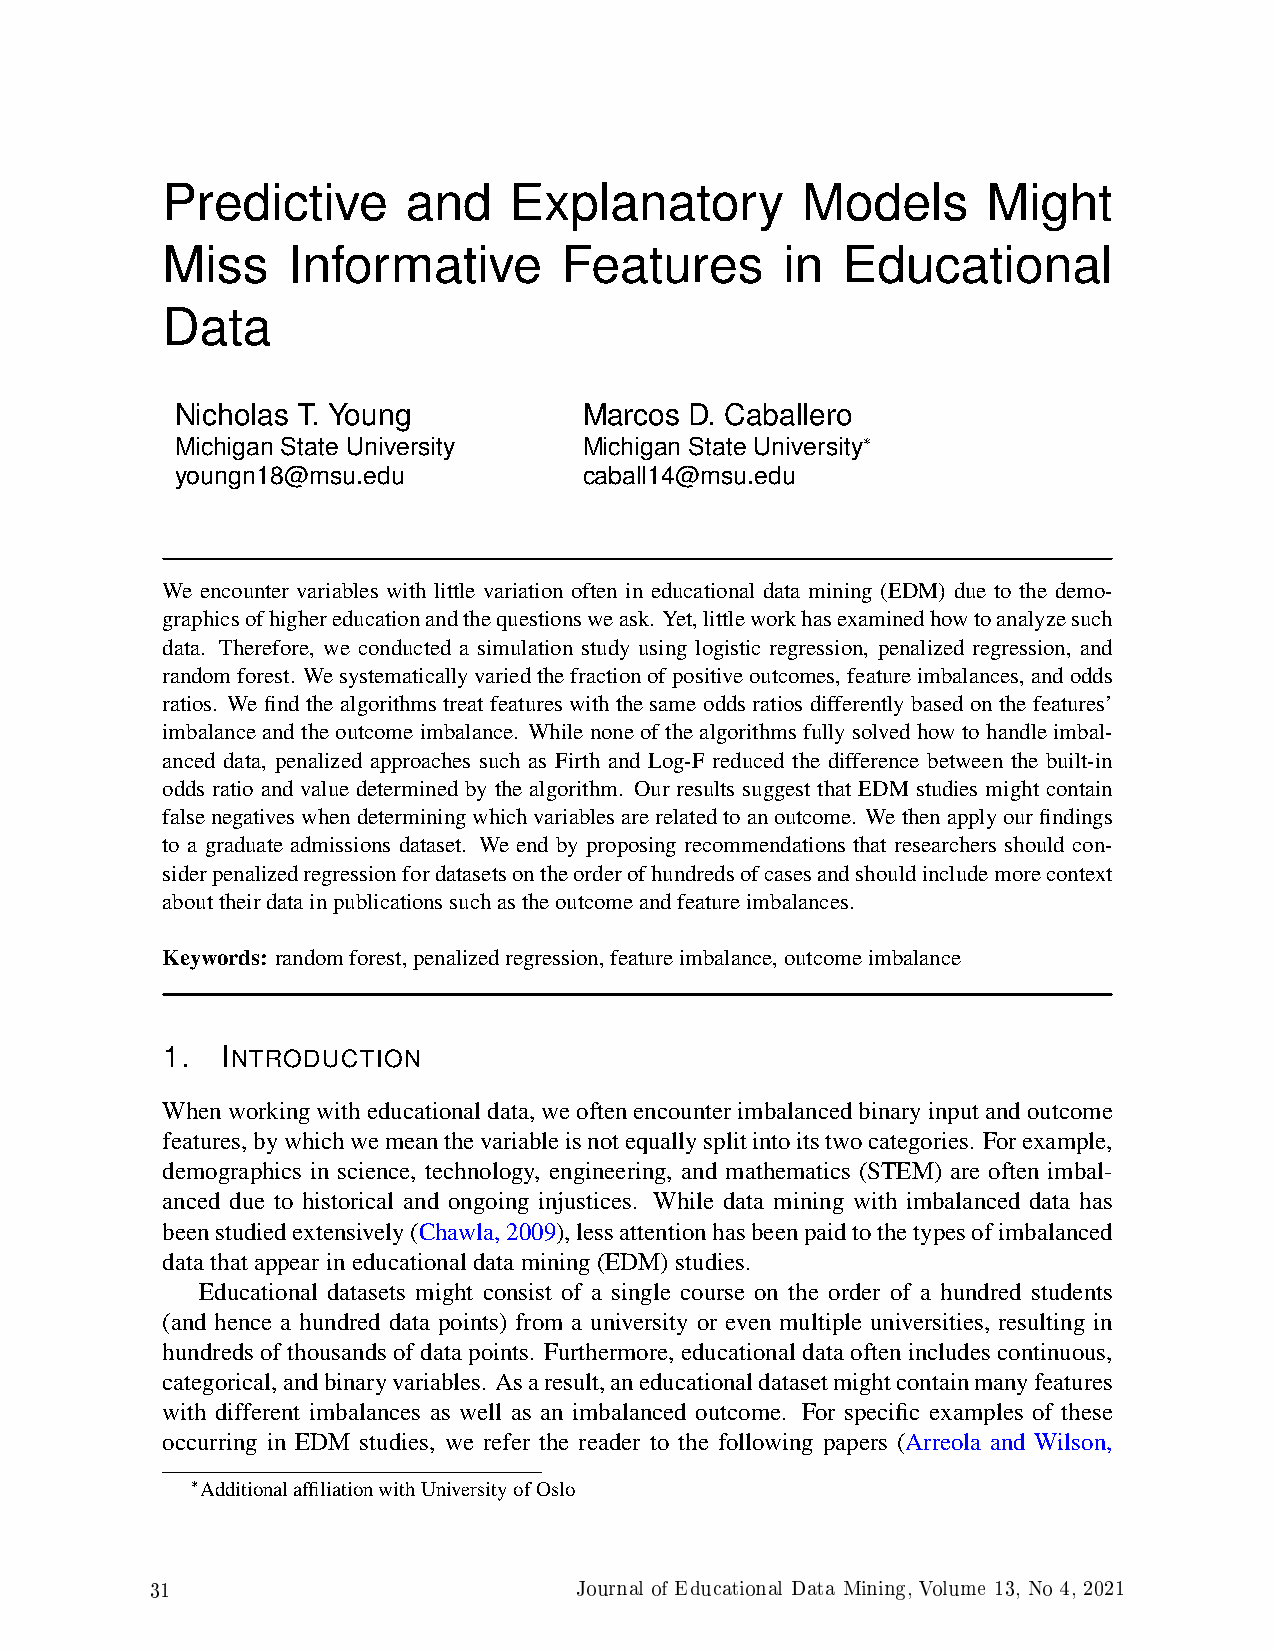
Predictive      and    Explanatory        Models      Might
 Miss    Informative       Features       in  Educational
 Data
 Nicholas T. Young          Marcos D. Caballero
 Michigan State University  Michigan State University*
 youngn18@msu.edu           caball14@msu.edu
 We encounter variables with little variation often in educational data mining (EDM) due to the demo-
 graphicsofhighereducationandthequestionsweask. Yet,littleworkhasexaminedhowtoanalyzesuch
 data. Therefore, we conducted a simulation study using logistic regression, penalized regression, and
 randomforest. Wesystematicallyvariedthefractionofpositiveoutcomes,featureimbalances,andodds
 ratios. We find the algorithms treat features with the same odds ratios differently based on the features’
 imbalance and the outcome imbalance. While none of the algorithms fully solved how to handle imbal-
 anced data, penalized approaches such as Firth and Log-F reduced the difference between the built-in
 odds ratio and value determined by the algorithm. Our results suggest that EDM studies might contain
 falsenegativeswhendeterminingwhichvariablesarerelatedtoanoutcome. Wethenapplyourfindings
 to a graduate admissions dataset. We end by proposing recommendations that researchers should con-
 siderpenalizedregressionfordatasetsontheorderofhundredsofcasesandshouldincludemorecontext
 abouttheirdatainpublicationssuchastheoutcomeandfeatureimbalances.
 Keywords: randomforest,penalizedregression,featureimbalance,outcomeimbalance
 1.  INTRODUCTION
 Whenworkingwitheducationaldata,weoftenencounterimbalancedbinaryinputandoutcome
 features,bywhichwemeanthevariableisnotequallysplitintoitstwocategories. Forexample,
 demographics in science, technology, engineering, and mathematics (STEM) are often imbal-
 anced due to historical and ongoing injustices. While data mining with imbalanced data has
 beenstudiedextensively(Chawla,2009),lessattentionhasbeenpaidtothetypesofimbalanced
 datathatappearineducationaldatamining(EDM)studies.
 Educational datasets might consist of a single course on the order of a hundred students
 (and hence a hundred data points) from a university or even multiple universities, resulting in
 hundreds of thousands of data points. Furthermore, educational data often includes continuous,
 categorical,andbinaryvariables. Asaresult,aneducationaldatasetmightcontainmanyfeatures
 with different imbalances as well as an imbalanced outcome. For specific examples of these
 occurring in EDM studies, we refer the reader to the following papers (Arreola and Wilson,
 *AdditionalaffiliationwithUniversityofOslo
 31                          Journal of Educational Data Mining, Volume 13, No 4, 2021